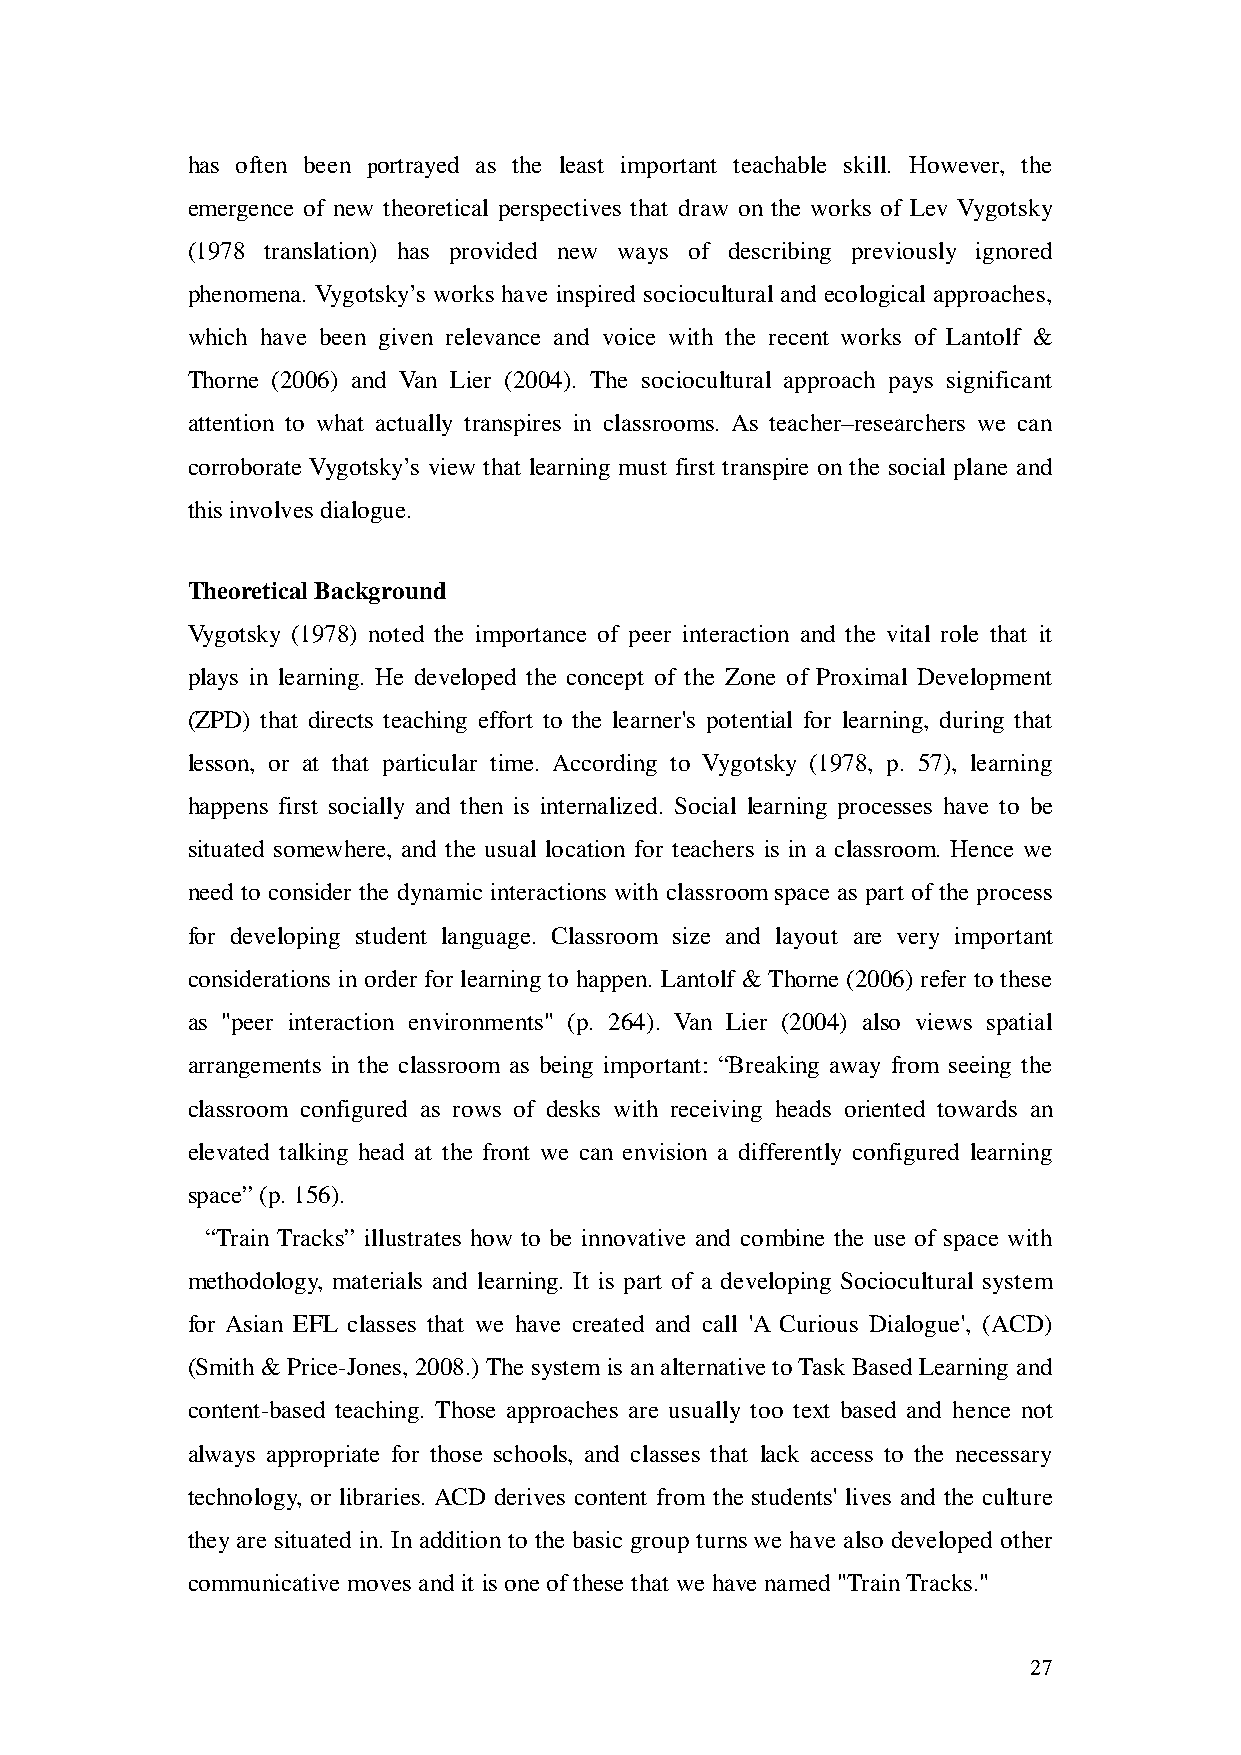
has often been portrayed as the least important teachable skill. However, the
 emergence of new theoretical perspectives that draw on the works of Lev Vygotsky
 (1978 translation) has provided new ways of describing previously ignored
 phenomena. Vygotsky’s works have inspired sociocultural and ecological approaches,
 which have been given relevance and voice with the recent works of Lantolf &
 Thorne (2006) and Van Lier (2004). The sociocultural approach pays significant
 attention to what actually transpires in classrooms. As teacher–researchers we can
 corroborate Vygotsky’s view that learning must first transpire on the social plane and
 this involves dialogue.
 Theoretical Background
 Vygotsky (1978) noted the importance of peer interaction and the vital role that it
 plays in learning. He developed the concept of the Zone of Proximal Development
 (ZPD) that directs teaching effort to the learner's potential for learning, during that
 lesson, or at that particular time. According to Vygotsky (1978, p. 57), learning
 happens first socially and then is internalized. Social learning processes have to be
 situated somewhere, and the usual location for teachers is in a classroom. Hence we
 need to consider the dynamic interactions with classroom space as part of the process
 for developing student language. Classroom size and layout are very important
 considerations in order for learning to happen. Lantolf & Thorne (2006) refer to these
 as "peer interaction environments" (p. 264). Van Lier (2004) also views spatial
 arrangements in the classroom as being important: “Breaking away from seeing the
 classroom configured as rows of desks with receiving heads oriented towards an
 elevated talking head at the front we can envision a differently configured learning
 space” (p. 156).
 “Train Tracks” illustrates how to be innovative and combine the use of space with
 methodology, materials and learning. It is part of a developing Sociocultural system
 for Asian EFL classes that we have created and call 'A Curious Dialogue', (ACD)
 (Smith & Price-Jones, 2008.) The system is an alternative to Task Based Learning and
 content-based teaching. Those approaches are usually too text based and hence not
 always appropriate for those schools, and classes that lack access to the necessary
 technology, or libraries. ACD derives content from the students' lives and the culture
 they are situated in. In addition to the basic group turns we have also developed other
 communicative moves and it is one of these that we have named "Train Tracks."
 27